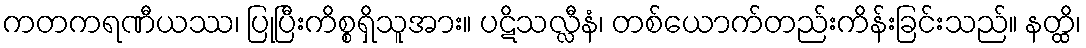
ကတကရဏီယဿ၊ ပြုပြီးကိစ္စရှိသူအား။ ပဋိသလ္လီနံ၊ တစ်ယောက်တည်းကိန်းခြင်းသည်။ နတ္ထိ၊